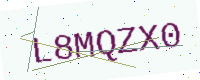
Text: L8MQZX0